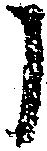
に